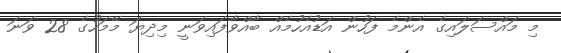
މި މައްސަލައިގެ އެންމެ ފަހުން އަޑުއެހުމެއް ބާއްވާފައިވަނީ މިދިޔަ މޭމަހުގެ 28 ވަނަ